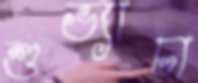
শুভ্যাঢা